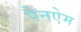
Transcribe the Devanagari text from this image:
पैनऐम